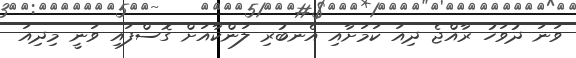
ވަނަ ދުވަހު ރާއްޖެ ދިއަ ކަމަށާއި އެނބުރި ލަންކާއަށް ގޮސްފައި ވަނީ މިދިއަ